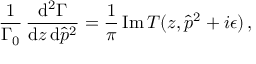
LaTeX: \frac { 1 } { \Gamma _ { 0 } } \, \frac { \mathrm { d } ^ { 2 } \Gamma } { \mathrm { d } z \, \mathrm { d } \hat { p } ^ { 2 } } = \frac { 1 } { \pi } \, \mathrm { I m } \, T ( z , \hat { p } ^ { 2 } + i \epsilon ) \, ,